Calcutta medical institutions reports 1879-81 [i.e.91]
Year: 1879
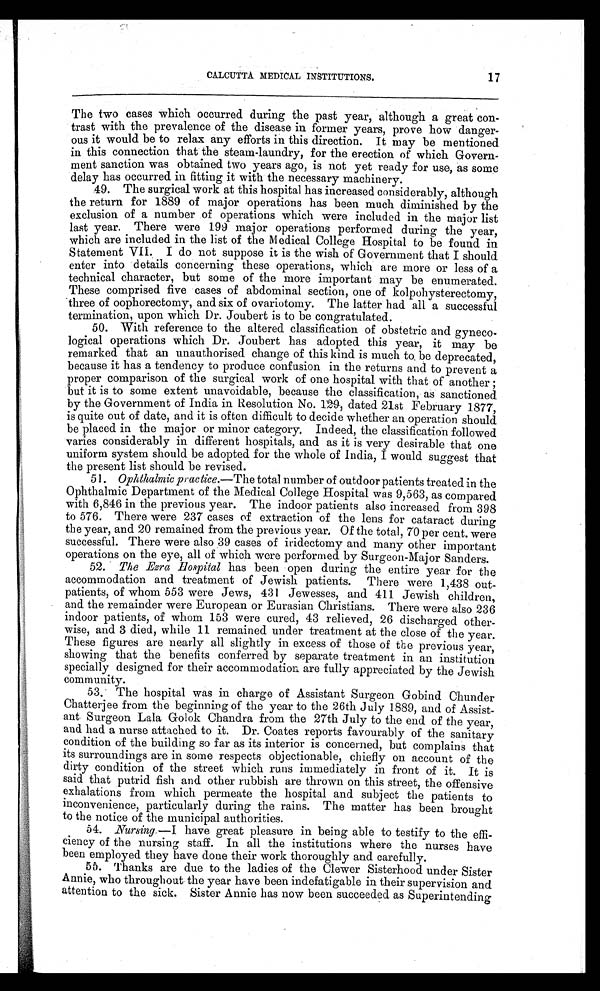
CALCUTTA MEDICAL INSTITUTIONS.
17
The two cases which occurred during the past year, although a great con-
trast with the prevalence of the disease in former years, prove how danger
-ous it would be to relax any efforts in this direction. It may be mentioned
in this connection that the steam-laundry, for the erection of which Govern-
ment sanction was obtained two years ago, is not yet ready for use, as some
delay has occurred in fitting it with the necessary machinery.
49. The surgical work at this hospital has increased considerably, although
the return for 1889 of major operations has been much diminished by the
exclusion of a number of operations which were included in the major list
last year. There were 199 major operations performed during the year,
which are included in the list of the Medical College Hospital to be found in
Statement VII. I do not suppose it is the wish of Government that I should
enter into details concerning these operations, which are more or less of a
technical character, but some of the more important may be enumerated.
These comprised five cases of abdominal section, one of kolpohysterectomy,
three of oophorectomy, and six of ovariotomy. The latter had all a successful
termination, upon which Dr. Joubert is to be congratulated.
50. With reference to the altered classification of obstetric and gyneco-
logical operations which Dr. Joubert has adopted this year, it may be
remarked that an unauthorised change of this kind is much to be deprecated,
because it has a tendency to produce confusion in the returns and to prevent a
proper comparison of the surgical work of one hospital with that of another ;
but it is to some extent unavoidable, because the classification, as sanctioned
by the Government of India in Resolution No. 129, dated 21st February 1877,
is quite out of date, and it is often difficult to decide whether an operation should
be placed in the major or minor category. Indeed, the classification followed
varies considerably in different hospitals, and as it is very desirable that one
uniform system should be adopted for the whole of India, I would suggest that
the present list should be revised.
51. Ophthalmic practice.—The total number of outdoor patients treated in the
Ophthalmic Department of the Medical College Hospital was 9,563, as compared
with 6,846 in the previous year. The indoor patients also increased from 398
to 576. There were 237 cases of extraction of the lens for cataract during
the year, and 20 remained from the previous year. Of the total, 70 per cent. were
successful. There were also 39 cases of iridectomy and many other important
operations on the eye, all of which were performed by Surgeon-Major Sanders.
52. The Ezra Hospital has been open during the entire year for the
accommodation and treatment of Jewish patients. There were 1,438 out-
patients, of whom 553 were Jews, 431 Jewesses, and 411 Jewish children,
and the remainder were European or Eurasian Christians. There were also 236
indoor patients, of whom 153 were cured, 43 relieved, 26 discharged other-
wise, and 3 died, while 11 remained under treatment at the close of the year.
These figures are nearly all slightly in excess of those of the previous year,
showing that the benefits conferred by separate treatment in an institution
specially designed for their accommodation are fully appreciated by the Jewish
community.
53. The hospital was in charge of Assistant Surgeon Gobind Chunder
Chatterjee from the beginning of the year to the 26th July 1889, and of Assist-
ant Surgeon Lala Golok Chandra from the 27th July to the end of the year,
and had a nurse attached to it. Dr. Coates reports favourably of the sanitary
condition of the building so far as its interior is concerned, but complains that
its surroundings are in some respects objectionable, chiefly on account of the
dirty condition of the street which runs immediately in front of it. It is
said that putrid fish and other rubbish are thrown on this street, the offensive
exhalations from which permeate the hospital and subject the patients to
inconvenience, particularly during the rains. The matter has been brought
to the notice of the municipal authorities.
54. Nursing.— I have great pleasure in being able to testify to the effi
-ciency of the nursing staff. In all the institutions where the nurses have
been employed they have done their work thoroughly and carefully.
55. Thanks are due to the ladies of the Clewer Sisterhood under Sister
Annie, who throughout the year have been indefatigable in their supervision and
attention to the sick. Sister Annie has now been succeeded as Superintending